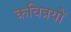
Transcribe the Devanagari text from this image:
कवित्रयों